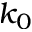
k _ { 0 }